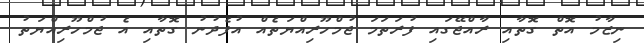
ނިޒާމު އޮތް ގޮތާއި ރާއްޖޭގައި ފުރަތަމަ ޖުމްހޫރިއްޔަތެއް އުފެދުނު ގޮތާއި އެ ޖުމްހޫރިއްޔަތު